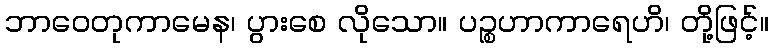
ဘာဝေတုကာမေန၊ ပွားစေ လိုသော။ ပဉ္စဟာကာရေဟိ၊ တို့ဖြင့်။